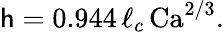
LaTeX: \mathsf{h}=0.944\, \ell_{c}\, \mathrm{{Ca}}^{2/3}.